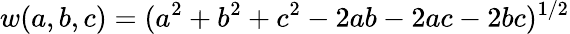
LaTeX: w(a,b,c)=(a^{2}+b^{2}+c^{2}-2ab-2ac-2bc)^{1/2}